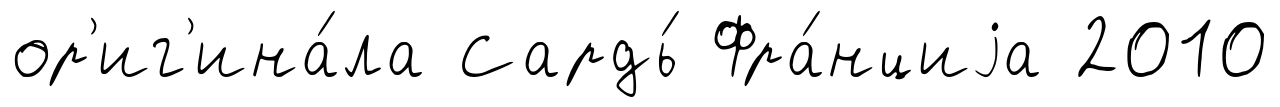
ор'иг'ина́ла Сардь́ Фра́нциjа 2010